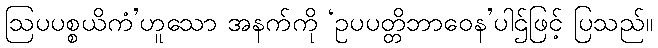
ဩပပစ္စယိကံ’ဟူသော အနက်ကို ‘ဥပပတ္တိဘာဝေန’ပါဌ်ဖြင့် ပြသည်။